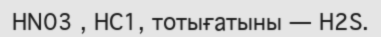
HN03 , HC1, тотығатыны — H2S.